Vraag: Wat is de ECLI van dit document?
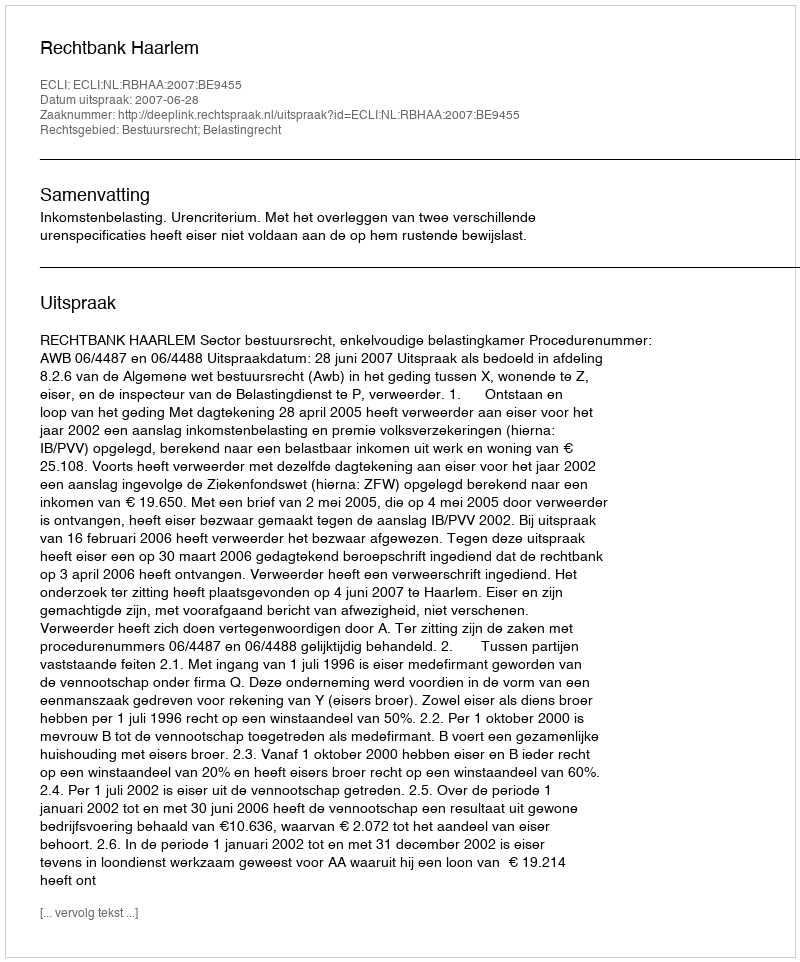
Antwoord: ECLI:NL:RBHAA:2007:BE9455